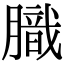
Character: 膱